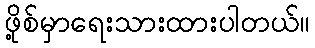
ဖို့စ်မှာရေးသားထားပါတယ်။